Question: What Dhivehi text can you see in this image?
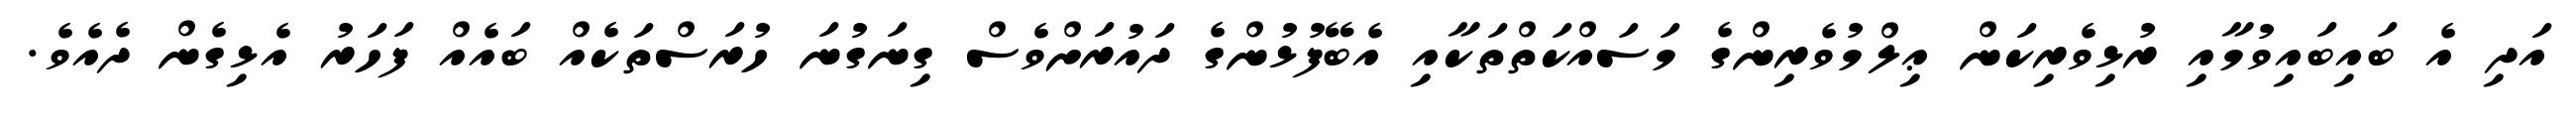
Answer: އަދި އެ ބައިބައިވުމާއި ރުޅިވެރިކަން ޢިލްމުވެރިންގެ މަސައްކަތްތަކާއި އެބޭފުޅުންގެ ދައުރަށްވެސް ގިނަގުނަ ހުރަސްތަކެއް ބައެއް ފަހަރު އެޅިގެން ދެއެވެ.